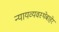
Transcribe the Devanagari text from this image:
न्यायव्यवस्थेबाहेर